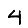
Digit: 4